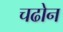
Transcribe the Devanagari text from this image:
चढोन